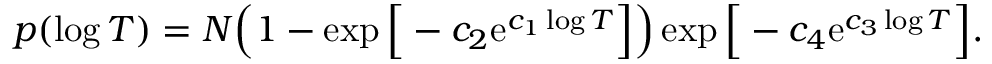
p ( \log T ) = N \Big ( 1 - \exp \Big [ - c _ { 2 } \mathrm { e } ^ { c _ { 1 } \log T } \Big ] \Big ) \exp \Big [ - c _ { 4 } \mathrm { e } ^ { c _ { 3 } \log T } \Big ] .